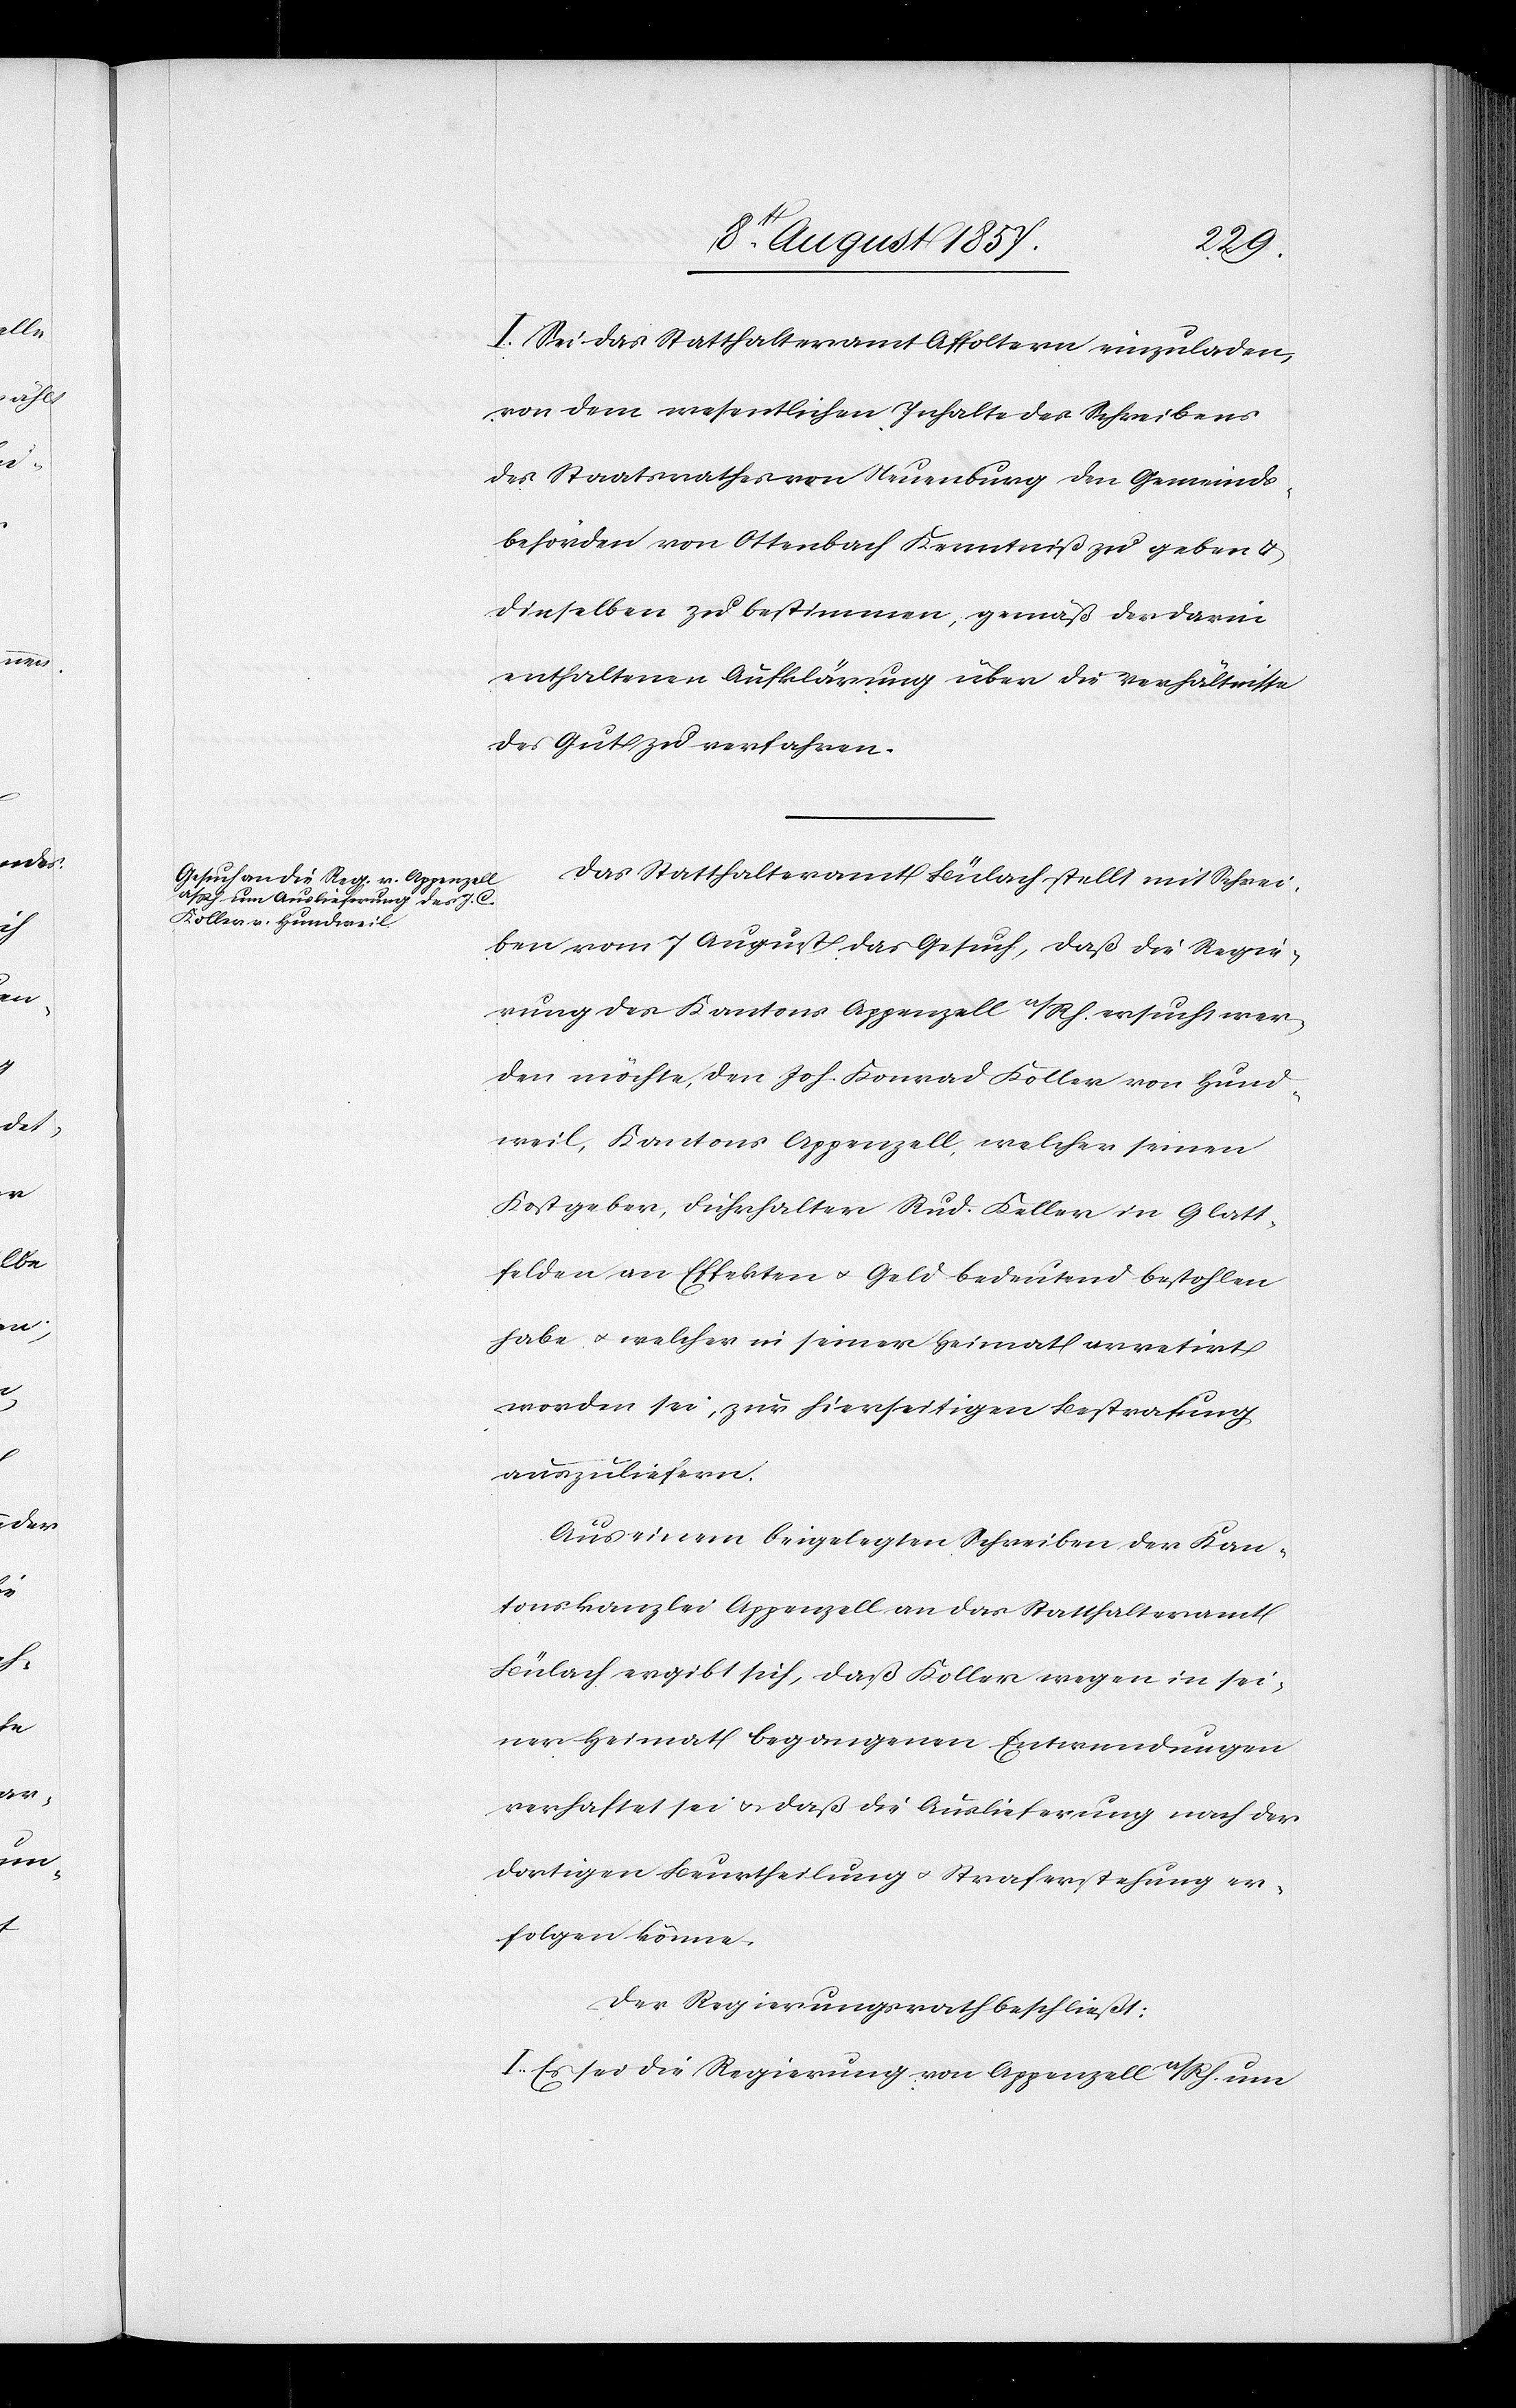
I. Sei das Statthalteramt Affoltern einzuladen
von dem wesentlichen Inhalte des Schreibens
des Staatsrathes von Neuenburg den Gemeinds¬
behörden von Ottenbach Kenntniß zu geben &
dieselben zu bestimmen, gemäß der darin
enthaltenen Aufklärung über die Verhältnisse
des Gut zu verfahren.
Das Statthalteramt Bülach stellt mit Schrei¬
ben vom 7 August das Gesuch, daß die Regie¬
rung des Kantons Appenzell a/Rh. ersucht wer¬
den möchte, den Joh. Konrad Koller von Hund¬
weil, Kantons Appenzell, welcher seinen
Kostgeber, Fuhrhalter Rud. Koller in Glatt¬
felden an Effekten & Geld bedeutend bestohlen
habe & welcher in seiner Heimat arretirt
worden sei, zur hierseitigen Bestrafung
auszuliefern.
Aus einem beigelegten Schreiben der Kan¬
tonskanzlei Appenzell an das Statthalteramt
Bülach ergibt sich, daß Koller wegen in sei¬
ner Heimat begangenen Entwendungen
verhaftet sei & daß die Auslieferung nach der
dortigen Beurtheilung & Straferstehung er¬
folgen könne.
Der Regierungsrath beschließt:
I. Es sei die Regierung von Appenzell a/Rh. um